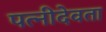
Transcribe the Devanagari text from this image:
पत्नीदेवता